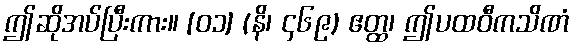
ဤဆိုအပ်ပြီးကား။ [၀၁] (နိ၊ ၄၆၉) ဧတ္ထ၊ ဤပထဝီကသိဏံ